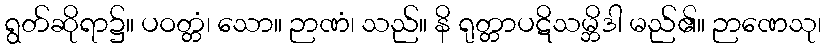
ရွတ်ဆိုရာ၌။ ပဝတ္တံ၊ သော။ ဉာဏံ၊ သည်။ နိ ရုတ္တာပဋိသမ္ဘိဒါ မည်၏။ ဉာဏေသု၊